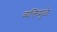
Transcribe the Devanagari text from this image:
व्यक्तिंमुळे